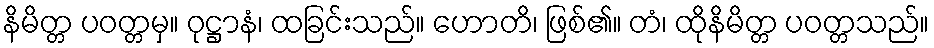
နိမိတ္တ ပဝတ္တမှ။ ဝုဋ္ဌာနံ၊ ထခြင်းသည်။ ဟောတိ၊ ဖြစ်၏။ တံ၊ ထိုနိမိတ္တ ပဝတ္တသည်။